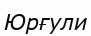
Юрғули